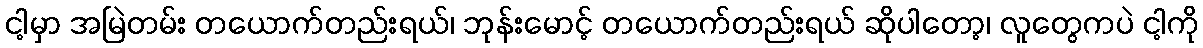
ငါ့မှာ အမြဲတမ်း တယောက်တည်းရယ်၊ ဘုန်းမောင့် တယောက်တည်းရယ် ဆိုပါတော့၊ လူတွေကပဲ ငါ့ကို